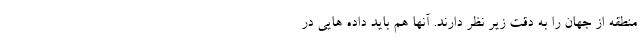
منطقه از جهان را به دقت زیر نظر دارند. آنها هم باید داده هایی در